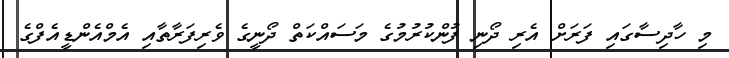
މި ހާދިސާގައި ފަރަށް އެރި ދޯނި ފުންކުރުމުގެ މަސައްކަތް ދޯނީގެ ވެރިފަރާތާއި އެމްއެންޑީއެފްގެ